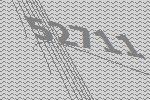
52711